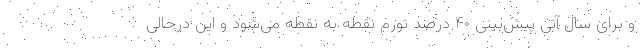
و برای سال آتی پیش‌بینی ۴۰ درصد تورم نقطه به نقطه می‌شود و این درحالی